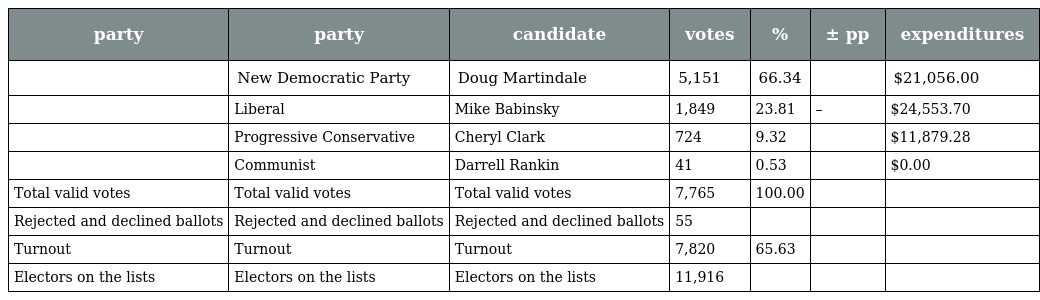
| party | party | candidate | votes | % | ± pp | expenditures |
 | --- | --- | --- | --- | --- | --- | --- |
 |  | New Democratic Party | Doug Martindale | 5,151 | 66.34 |  | $21,056.00 |
 |  | Liberal | Mike Babinsky | 1,849 | 23.81 | – | $24,553.70 |
 |  | Progressive Conservative | Cheryl Clark | 724 | 9.32 |  | $11,879.28 |
 |  | Communist | Darrell Rankin | 41 | 0.53 |  | $0.00 |
 | Total valid votes | Total valid votes | Total valid votes | 7,765 | 100.00 |  |  |
 | Rejected and declined ballots | Rejected and declined ballots | Rejected and declined ballots | 55 |  |  |  |
 | Turnout | Turnout | Turnout | 7,820 | 65.63 |  |  |
 | Electors on the lists | Electors on the lists | Electors on the lists | 11,916 |  |  |  |